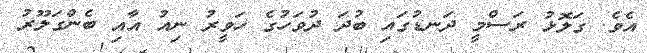
އެވެ. ގަލޮޅު ރަސްމީ ދަނޑުގައި ބުދަ ދުވަހުގެ ހަވީރު ނިއު އާއި ބެންގަލޫރު